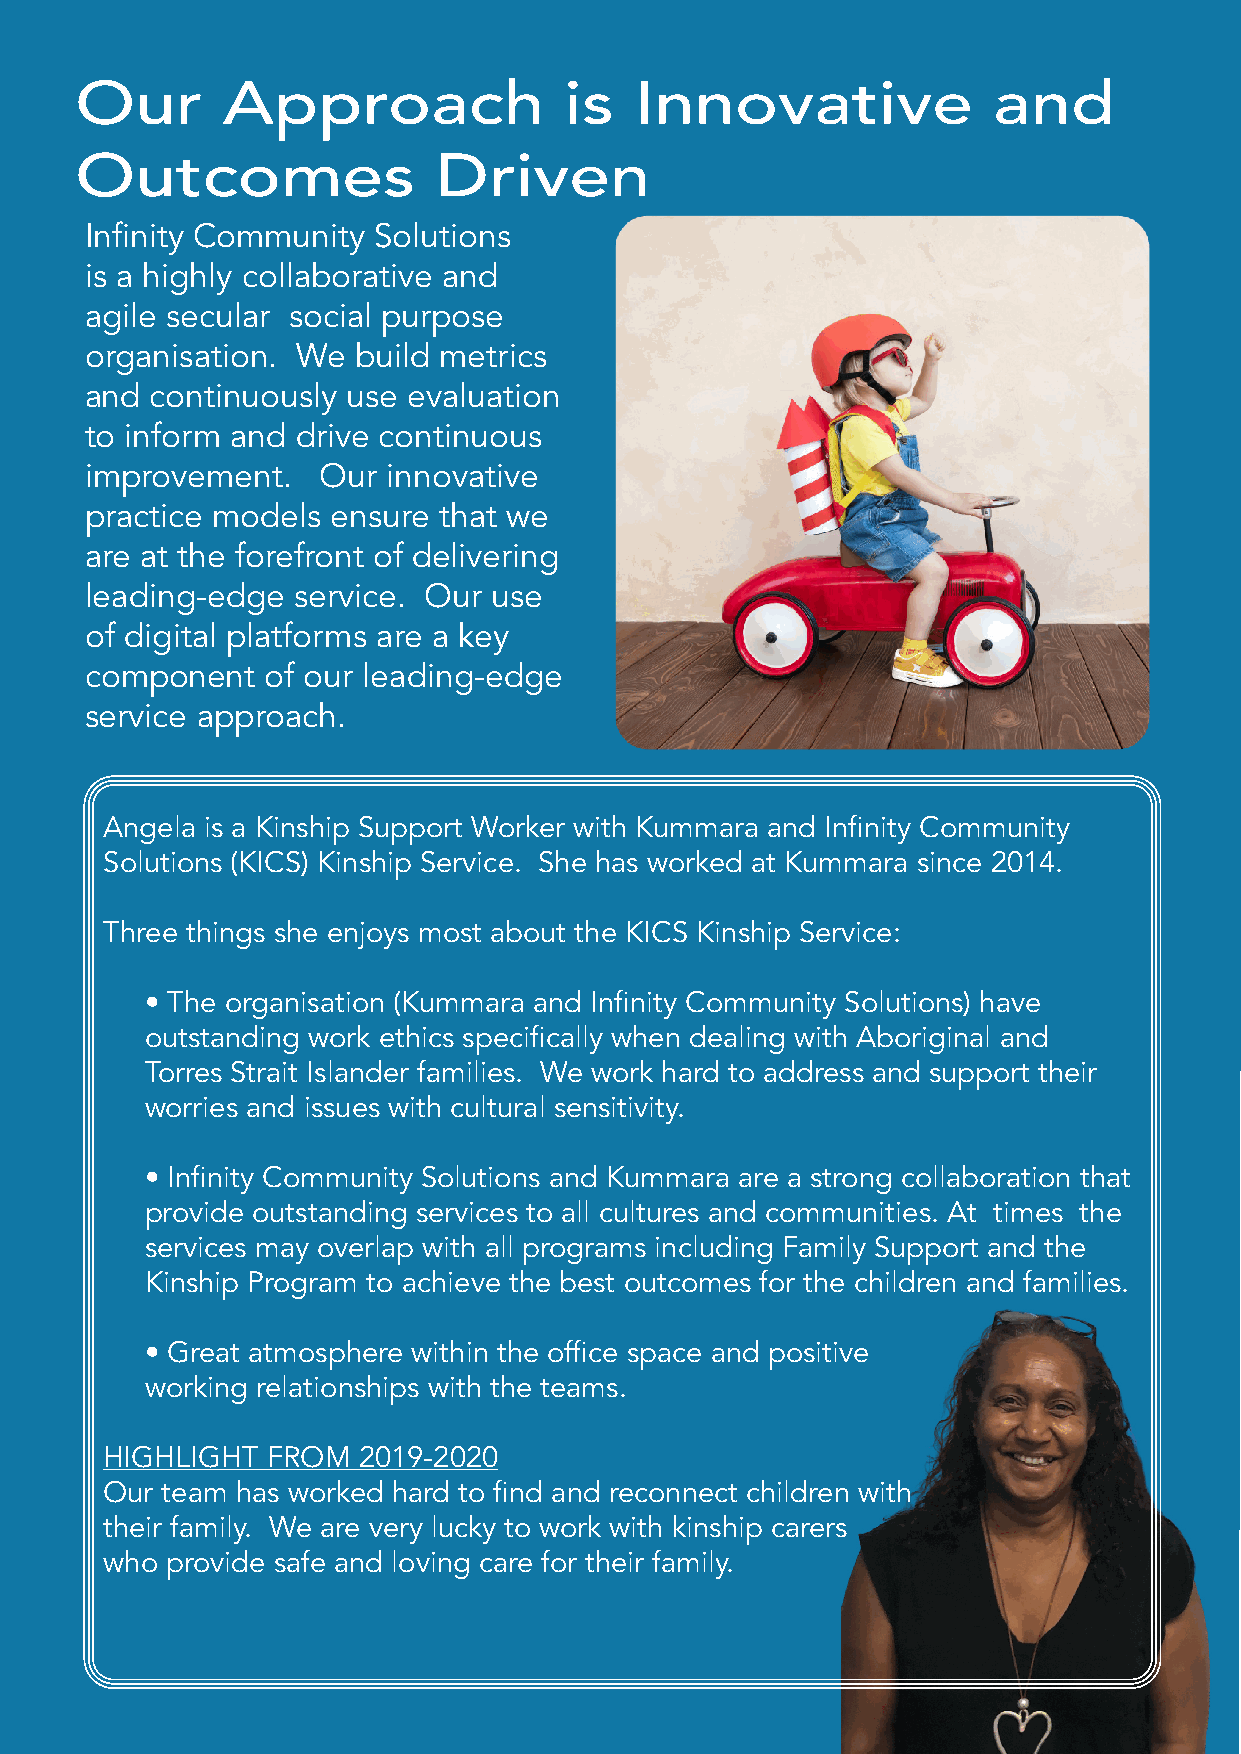
Our       Approach              is   Innovative              and
 Outcomes                Driven
 Infinity Community Solutions
 is a highly collaborative and
 agile secular social purpose
 organisation� We build metrics
 and continuously use evaluation
 to inform and drive continuous
 improvement�   Our  innovative
 practice models ensure that we
 are at the forefront of delivering
 leading-edge service� Our  use
 of digital platforms are a key
 component   of our leading-edge
 service approach�
 Angela is a Kinship Support Worker with Kummara and Infinity Community
 Solutions (KICS) Kinship Service� She has worked at Kummara since 2014�
 Three things she enjoys most about the KICS Kinship Service:
 • The organisation (Kummara and Infinity Community Solutions) have
 outstanding work ethics specifically when dealing with Aboriginal and
 Torres Strait Islander families� We work hard to address and support their
 worries and issues with cultural sensitivity�
 • Infinity Community Solutions and Kummara are a strong collaboration that
 provide outstanding services to all cultures and communities� At times the
 services may overlap with all programs including Family Support and the
 Kinship Program to achieve the best outcomes for the children and families�
 • Great atmosphere within the office space and positive
 working relationships with the teams�
 HIGHLIGHT  FROM  2019-2020
 Our team has worked hard to find and reconnect children with
 their family� We are very lucky to work with kinship carers
 who provide safe and loving care for their family�
 Page
 16